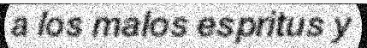
a los malos espritus y